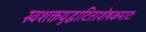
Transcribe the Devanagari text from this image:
स्वशक्तयुद्धाटिताशेषकपाटः